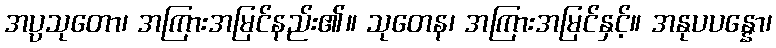
အပ္ပသုတော၊ အကြားအမြင်နည်း၏။ သုတေန၊ အကြားအမြင်နှင့်။ အနုပပန္နော၊